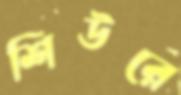
শিউরে